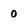
Character: 0